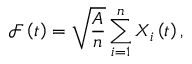
\mathcal { F } \left( t \right) = \sqrt { \frac { A } { n } } \sum _ { i = 1 } ^ { n } X _ { i } \left( t \right) ,